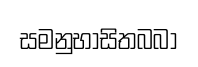
සමනුභාසිතබබා